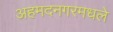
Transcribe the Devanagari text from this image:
अहमदनगरमधले